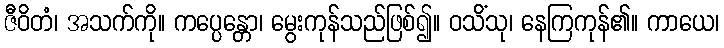
ဇီဝိတံ၊ အသက်ကို။ ကပ္ပေန္တော၊ မွေးကုန်သည်ဖြစ်၍။ ဝသိံသု၊ နေကြကုန်၏။ ကာယေ၊